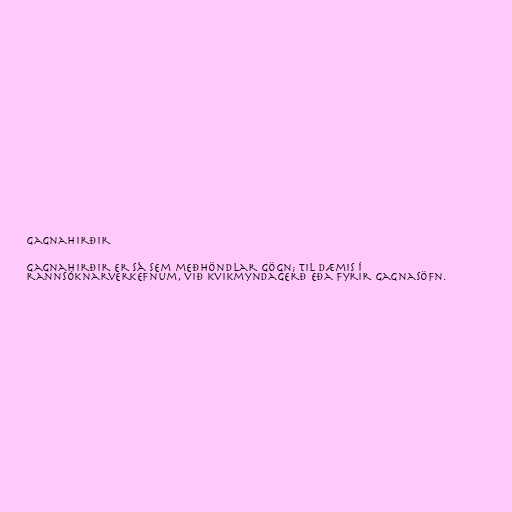
Gagnahirðir

Gagnahirðir er sá sem meðhöndlar gögn; til dæmis í
rannsóknarverkefnum, við kvikmyndagerð eða fyrir gagnasöfn.